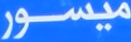
ميسور